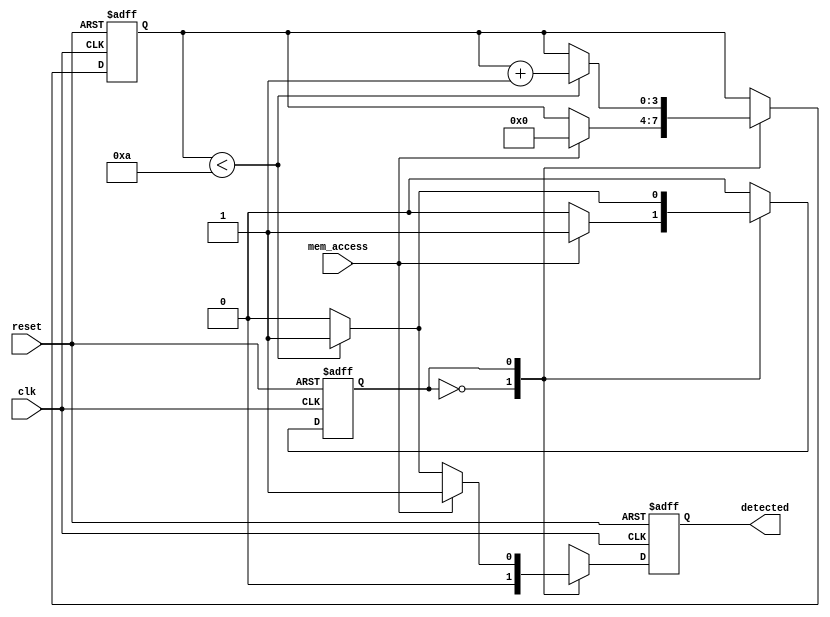
module memory_blocks_time_window_detector #(
    parameter TIME_WINDOW = 10  // Configurable time window in clock cycles
)(
    input wire clk,
    input wire reset,
    input wire mem_access,
    output reg detected
);

    // Internal counter to keep track of clock cycles
    reg [3:0] counter; // 4-bit counter can count up to 15 (sufficient for TIME_WINDOW <= 15)
    reg state;         // State variable: 0 for Idle, 1 for Active

    // State Encoding
    localparam IDLE = 1'b0;
    localparam ACTIVE = 1'b1;

    // Sequential logic for the state machine and counter
    always @(posedge clk or posedge reset) begin
        if (reset) begin
            // Reset state
            counter <= 0;
            detected <= 0;
            state <= IDLE;
        end else begin
            case (state)
                IDLE: begin
                    detected <= 0; // Clear detected signal
                    if (mem_access) begin
                        // Transition to Active state on memory access
                        state <= ACTIVE;
                        counter <= 0; // Reset counter
                    end
                end

                ACTIVE: begin
                    // Increment counter
                    if (counter < TIME_WINDOW) begin
                        counter <= counter + 1;
                        detected <= 1; // Set detected signal as access is ongoing
                    end else begin
                        // Time window expired, return to Idle state
                        state <= IDLE;
                        detected <= 0; // Clear detected signal
                    end
                    
                    // If another memory access is detected before timeout
                    if (mem_access) begin
                        detected <= 1; // Keep detected high if another access occurs
                    end
                end

                default: begin
                    // Default case to handle unexpected states
                    state <= IDLE;
                    detected <= 0;
                end
            endcase
        end
    end
endmodule